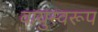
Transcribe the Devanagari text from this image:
वायुस्वरूप